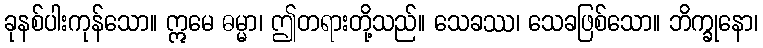
ခုနစ်ပါးကုန်သော။ ဣမေ ဓမ္မာ၊ ဤတရားတို့သည်။ သေခဿ၊ သေခဖြစ်သော။ ဘိက္ခုနော၊